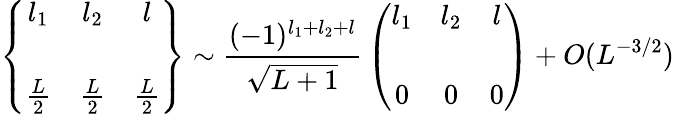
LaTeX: \left\{ \begin{array}{ccc}{{l_{1}}}&{{l_{2}}}&{{l}}\\ {{{}}}&{{{}}}&{{}}\\ {{{\frac{L}{2}}}}&{{{\frac{L}{2}}}}&{{{\frac{L}{2}}}}\end{array}\right\} \sim{\frac{(-1)^{l_{1}+l_{2}+l}}{\sqrt{L+1}}}\left(\begin{array}{ccc}{{l_{1}}}&{{l_{2}}}&{{l}}\\ {{{}}}&{{{}}}&{{}}\\ {{0}}&{{0}}&{{0}}\end{array}\right)+O(L^{-3/2})